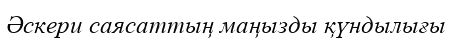
Әскери саясаттың маңызды қүндылығы